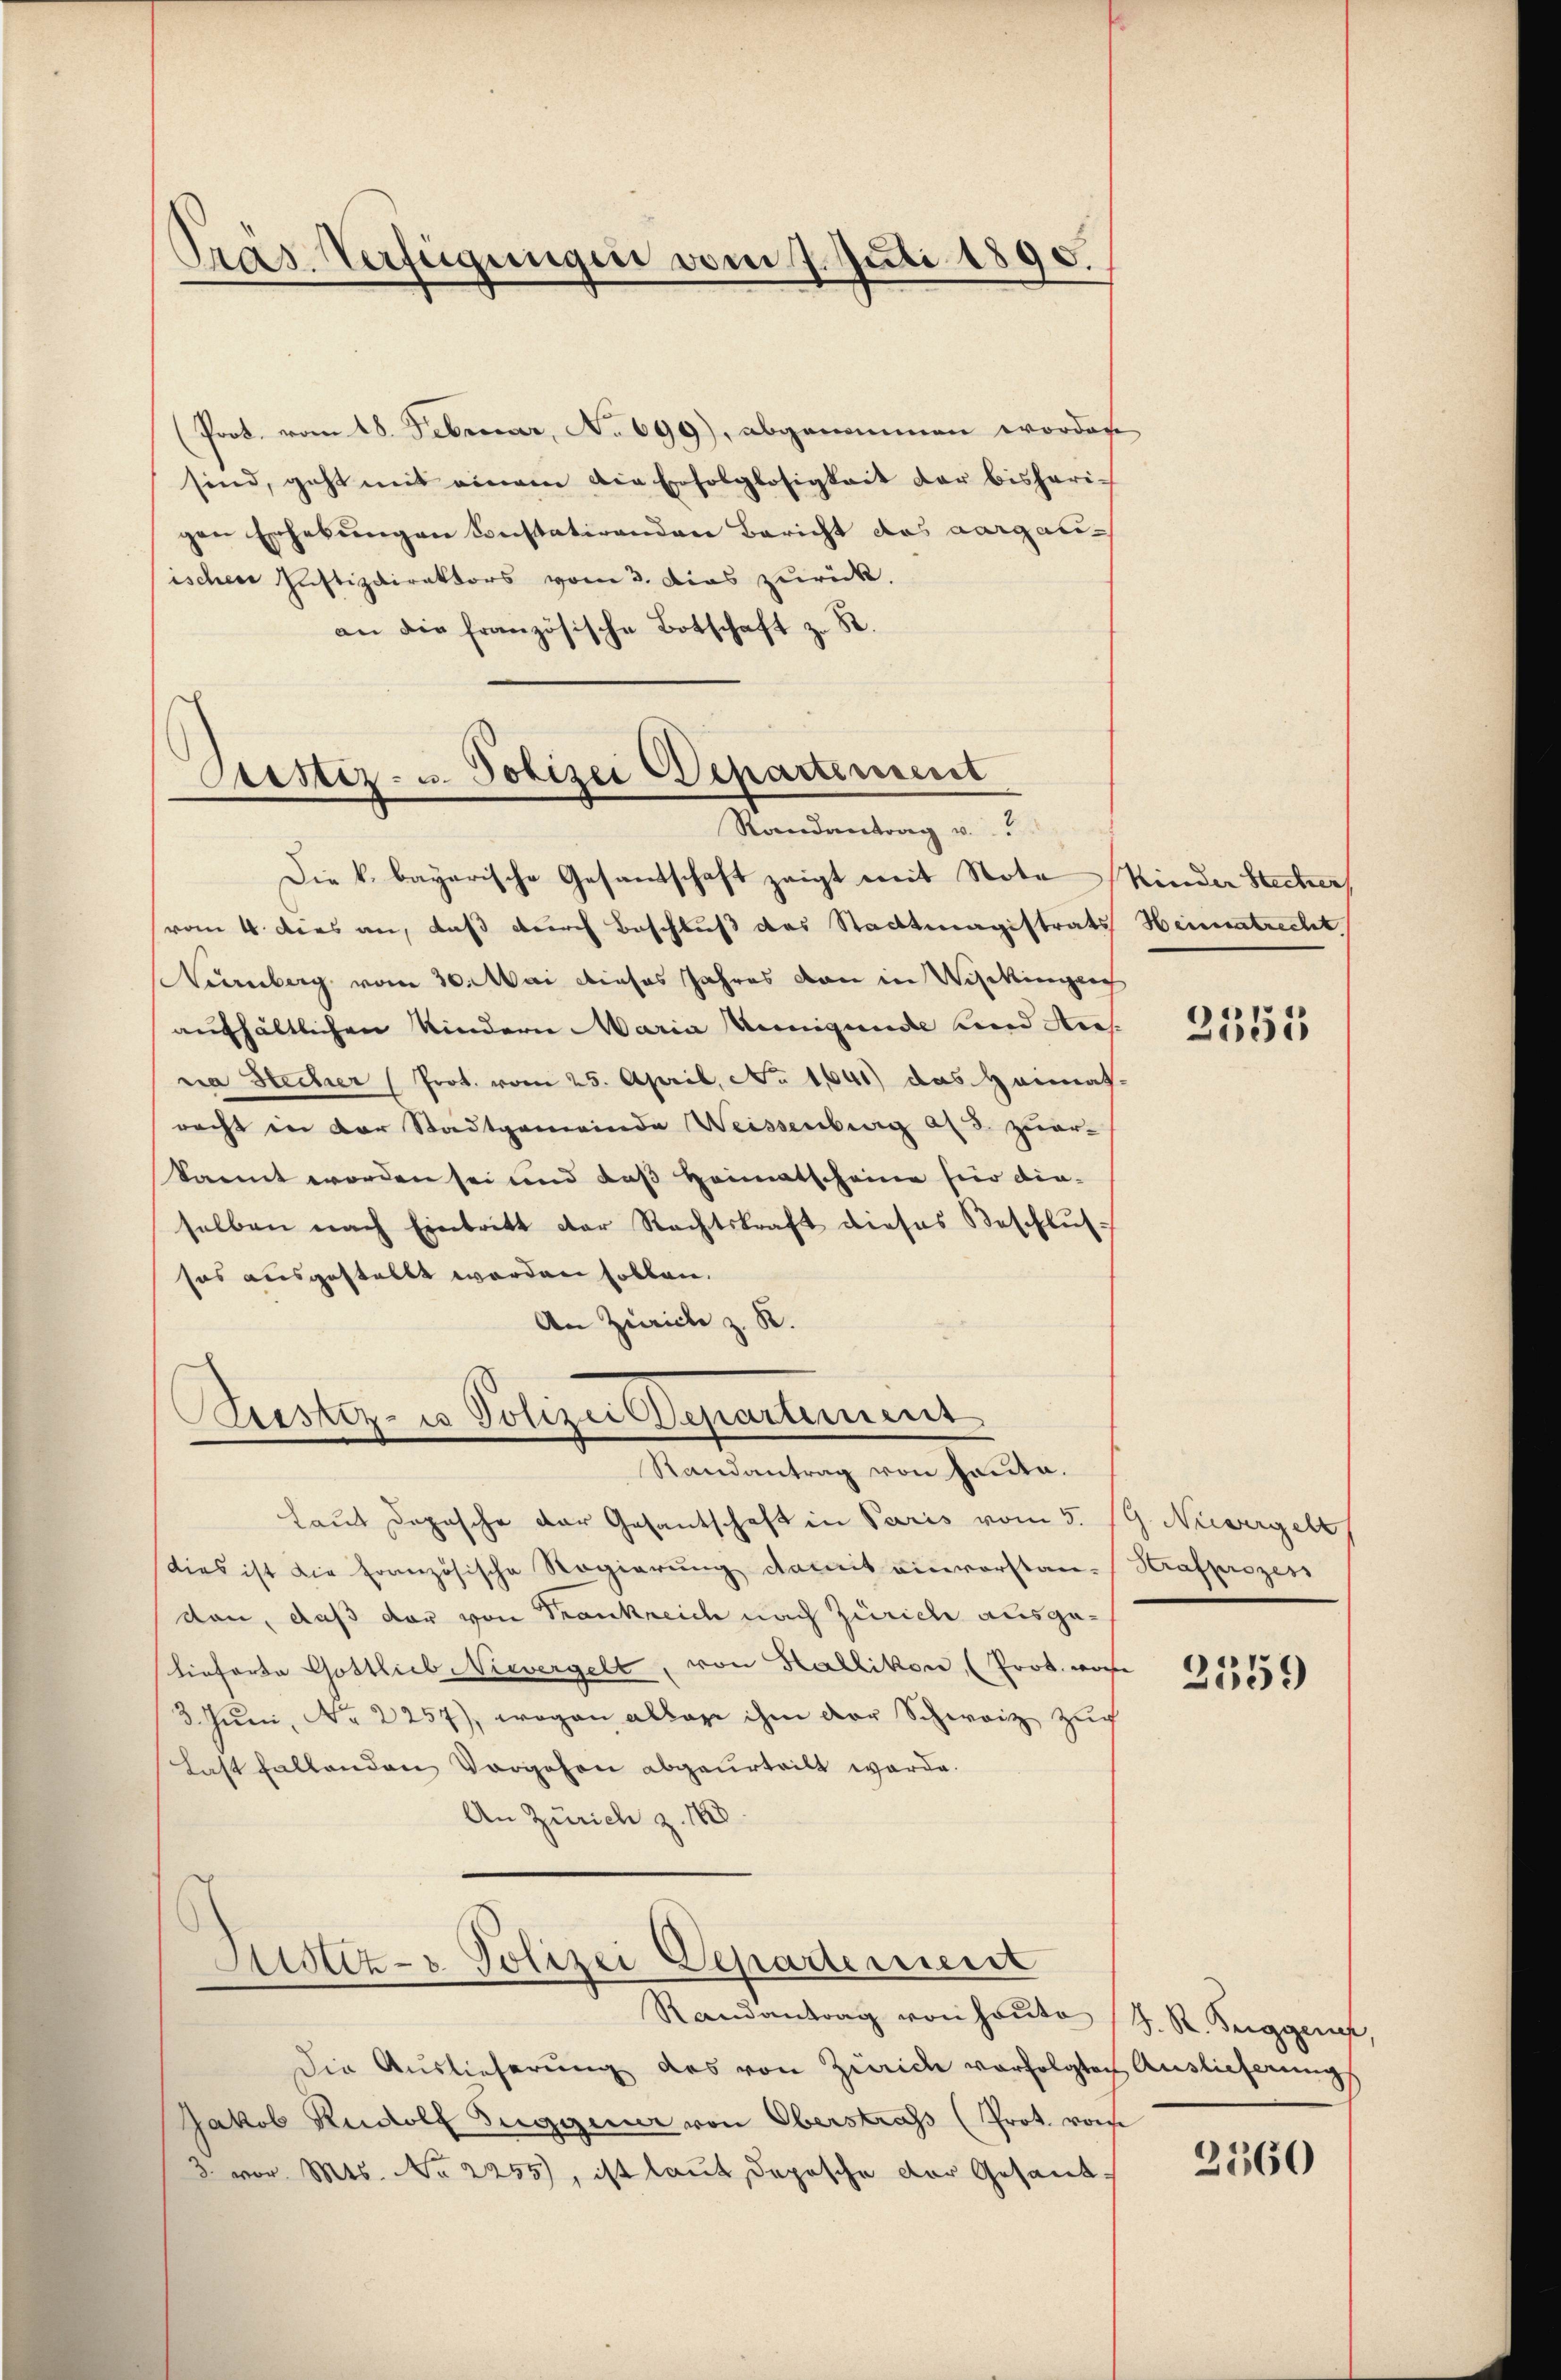
Präs. Verfügungen vom 7. Juli 1890.

(Prot. vom 18. Februar, No 699), abgenommen worden
sind, geht mit einem die Erfolglosigkeit der bisheri-
gen Erhebungen konstatirenden Bericht des aargariischen Justizdirektors vom 3. Dies zurück.
an die französische Botschaft z. R.

Justiz- u. Polizei Departement
Randantrag v.

Die k. bayerische Gesandschaft zeigt mit Note Kinder Stecker
vom 4. dies an, daß durch Beschluß des Stadtmagistrats Heimatrecht
Kümberg vom 30. Mai dieses Jahres von in Wilckingen
aufhältlichen Kindern Maria Wenigende und Ausnia Stecher (Prot. vom 25. April, No 1641) das Heimat-
racht in der Stadtgemeinde Weissenberg ad 3. zuer-
kannt worden sei und das Heimatscheine für die-
selben nach Eintritt der Rechtskraft dieses Beschlŭs-
sos ausgestellt worden sollen.
An Zürich z. R.
Justiz- u Polizeidepartement
Randantrag von heute.
Laut Depesche der Gesantschaft in Paris vom 5. 19. Nievergell
dies ist die Französische Regierung damit einvorstan-Strafprozess
den, daß der von Trankreich nach Zürich ausgelieferte Gottlieb Nievergelt, von Hallikon, (Prok. worde
3. Juni, Nr. 2257), wogen aller ihm der Schweiz zug
Last fallenden Vorgehen abgeurteilt werde.
An Zürich z. 18

Justiz- & Polizei Departement

Randantrag von heute (S. R. Tuggen,
Die Auslieferung des von Zürich verfolgten Auslieferungs
Jakob Rudolf Tuggener von Oberstrafs (Prot. vom
 vor. Mts. No 2255), ist laut dopische der Gesand¬

3351

2559

2360